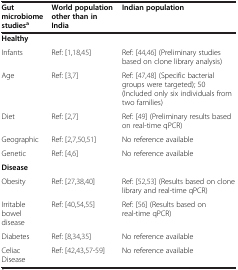
| Gut microbiome studiesa | World population other than in India | Indian population |
 | --- | --- | --- |
 | Healthy |  |  |
 | Infants | Ref: [1,18,45] | Ref: [44,46] (Preliminary studies based on clone library analysis) |
 | Age | Ref: [3,7] | Ref: [47,48] (Specific bacterial groups were targeted); 50 (Included only six individuals from two families) |
 | Diet | Ref: [2,7] | Ref: [49] (Preliminary results based on real-time qPCR) |
 | Geographic | Ref: [2,7,50,51] | No reference available |
 | Genetic | Ref: [4,6] | No reference available |
 | Disease |  |  |
 | Obesity | Ref: [27,38,40] | Ref: [52,53] (Results based on clone library and real-time qPCR) |
 | Irritable bowel disease | Ref: [40,54,55] | Ref: [56] (Results based on real-time qPCR) |
 | Diabetes | Ref: [8,34,35] | No reference available |
 | Celiac Disease | Ref: [42,43,57-59] | No reference available |